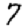
Digit: 7